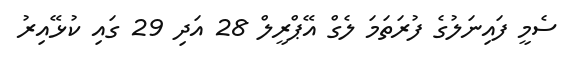
ސެމީ ފައިނަލުގެ ފުރަތަމަ ލެގް އޭޕްރީލް 28 އަދި 29 ގައި ކުޅޭއިރު